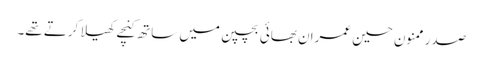
صدر ممنون حسین عمران بھائی بچپن میں ساتھ کنچے کھیلا کرتے تھے۔